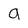
Character: g